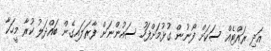
އަދި ރައްޓެއް ސަކަށް ފޯނުން ގުޅުމަށްފަހު ސައުންނަށް ފާރަލައިގެން ބައްދަލު ކުރާ މީހަކާ